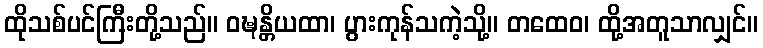
ထိုသစ်ပင်ကြီးတို့သည်။ ဝဍ္ဎန္တိယထာ၊ ပွားကုန်သကဲ့သို့။ တထေဝ၊ ထို့အတူသာလျှင်။